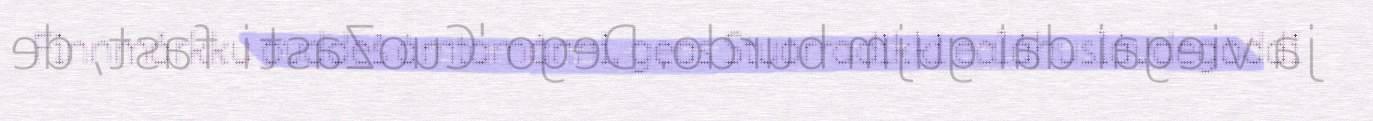
Finnmárkku ovddeš ámtamánni, geas Stuorradikki ealáhuslávdegoddi